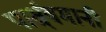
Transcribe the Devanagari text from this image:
पार्श्र्वमानी